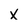
Character: x